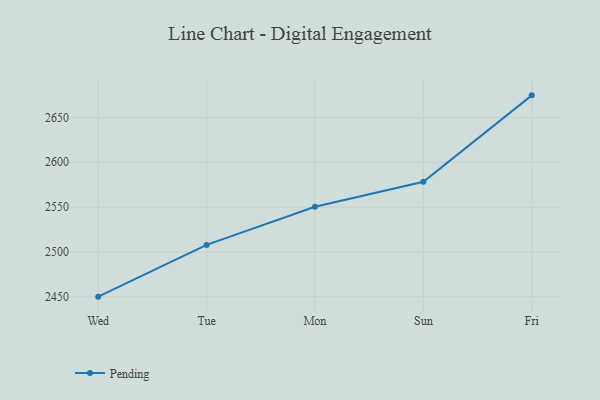
{"axis": {"x": "Day", "y": "Shipments"}, "legend": ["Pending"], "data": [{"x": "Wed", "y": 2450.2, "type": "Pending"}, {"x": "Tue", "y": 2507.9, "type": "Pending"}, {"x": "Mon", "y": 2550.4, "type": "Pending"}, {"x": "Sun", "y": 2578.2, "type": "Pending"}, {"x": "Fri", "y": 2674.6, "type": "Pending"}]}